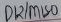
Text: D12/MISO